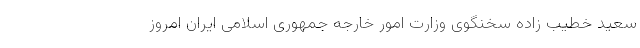
سعید خطیب زاده سخنگوی وزارت امور خارجه جمهوری اسلامی ایران امروز